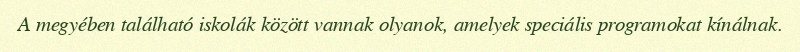
A megyében található iskolák között vannak olyanok, amelyek speciális programokat kínálnak.